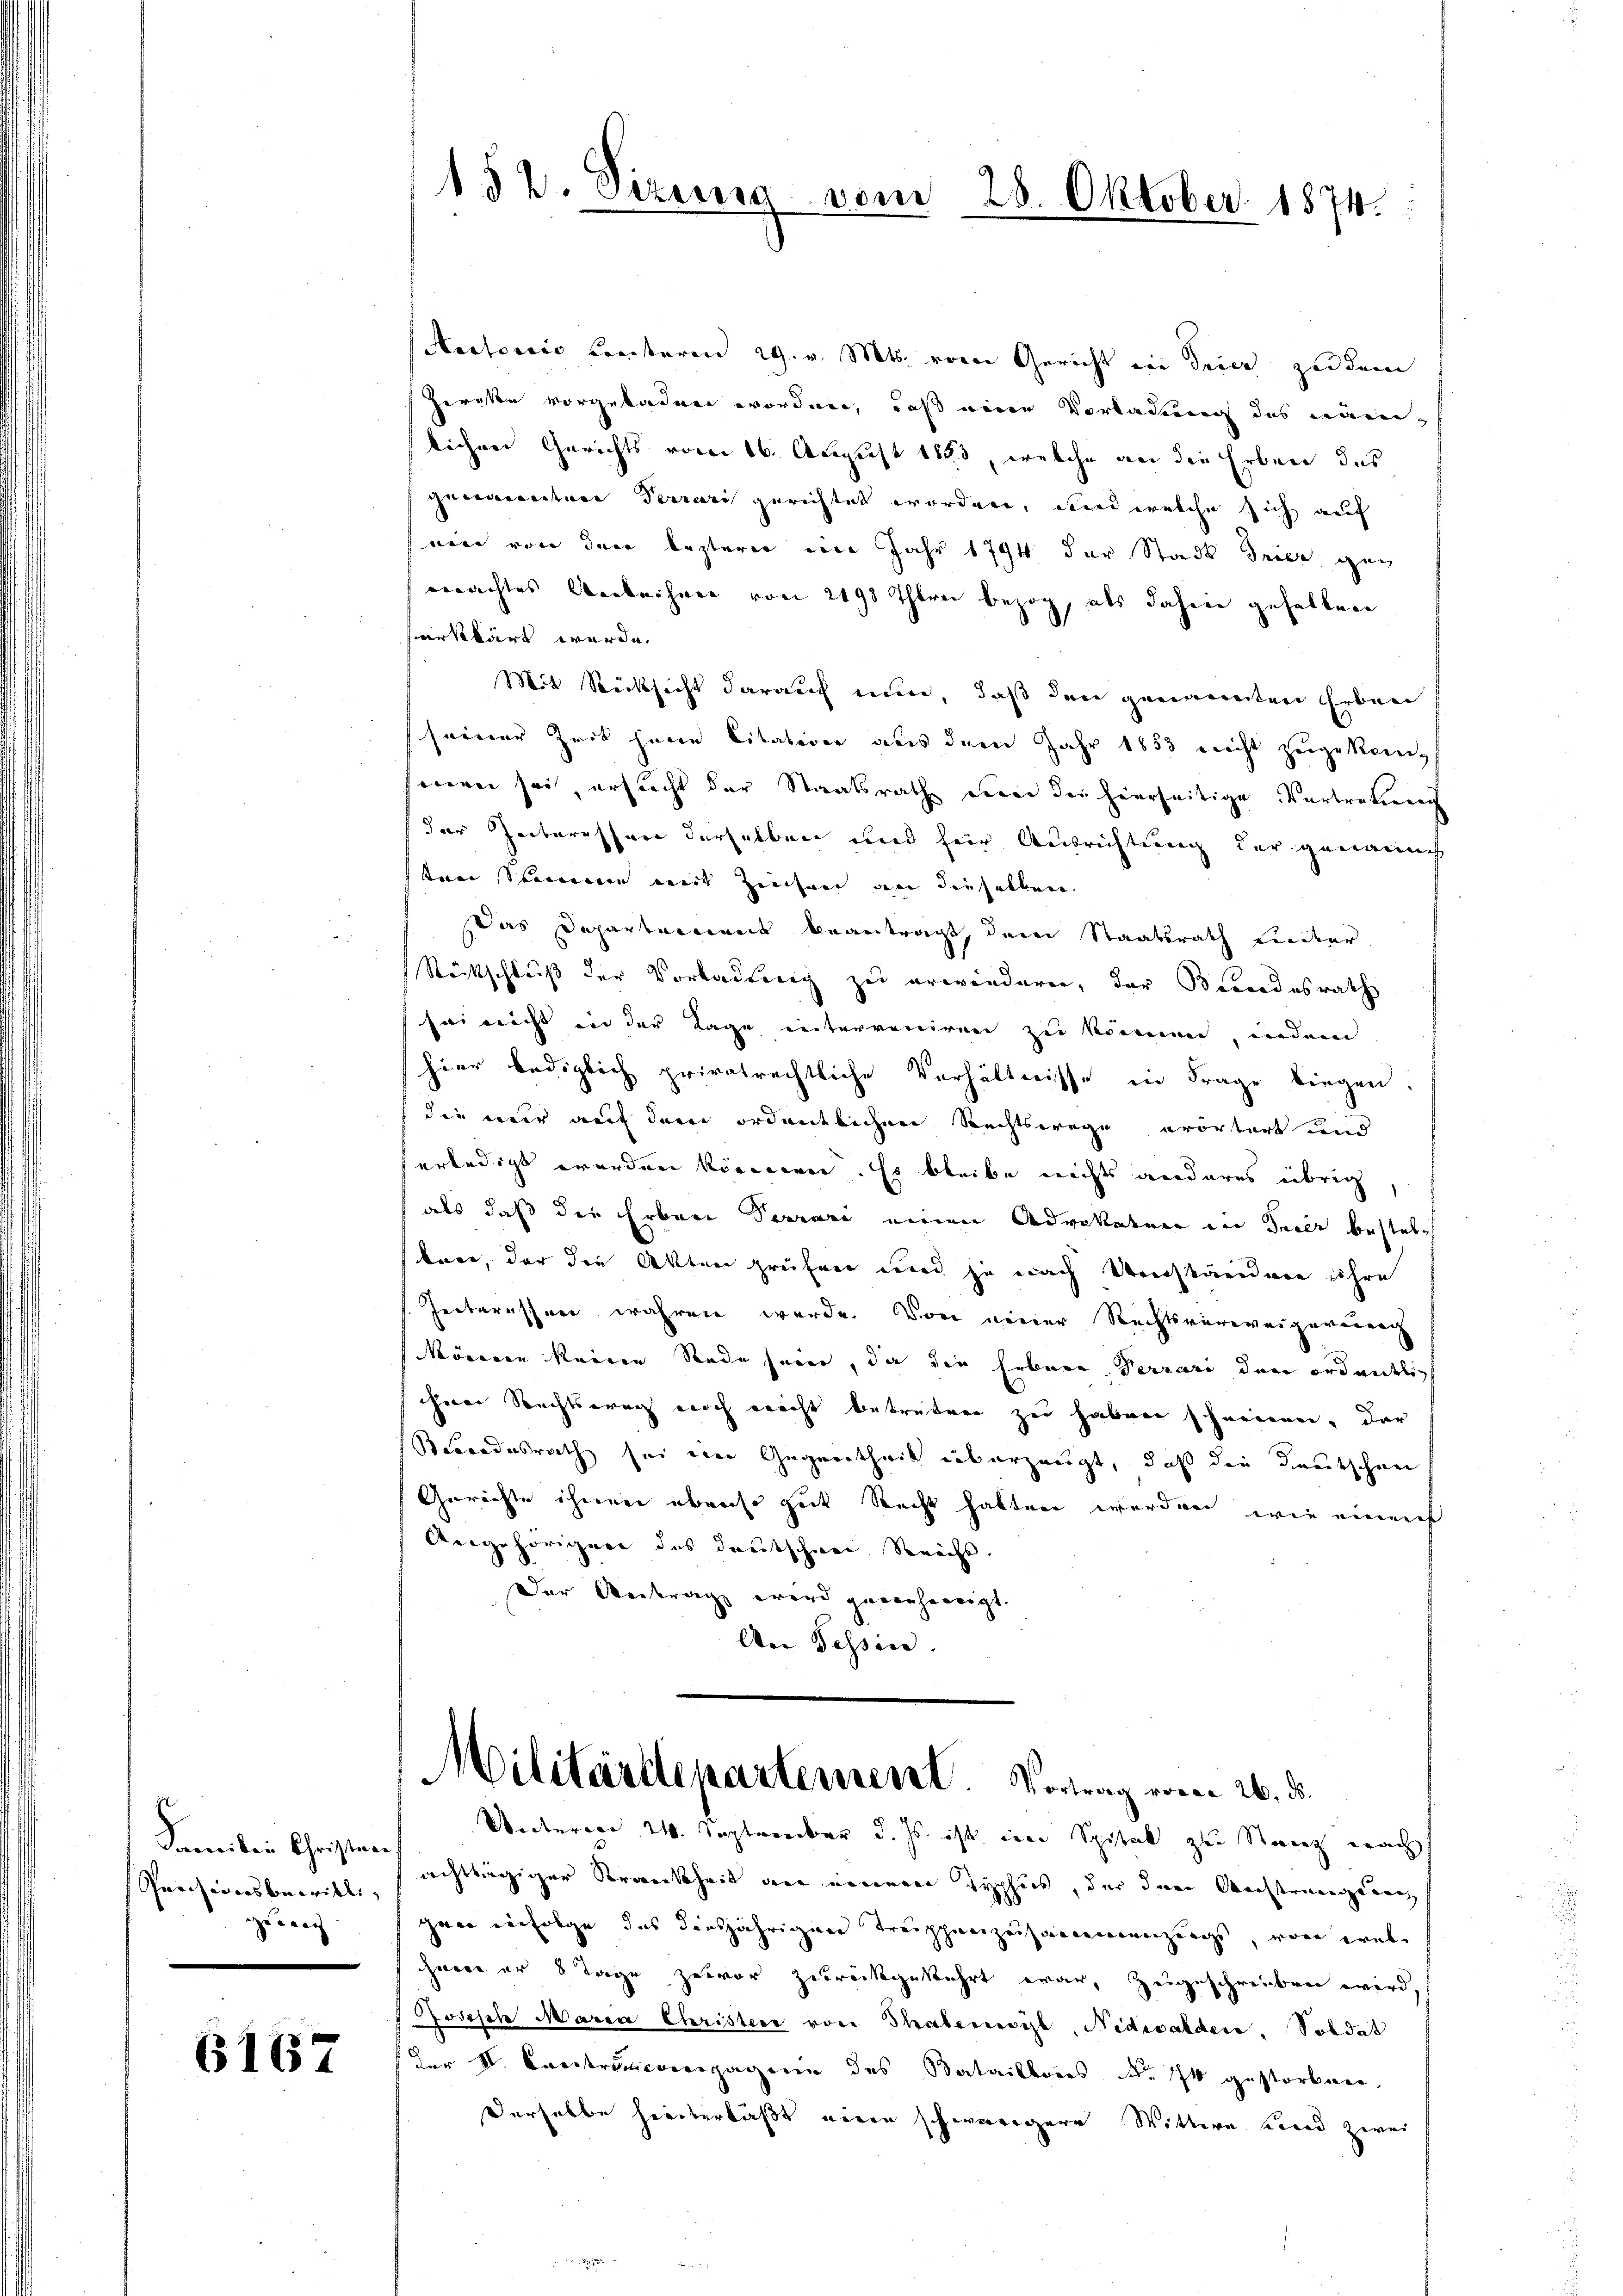
Familie Christen
Spherisionsbewilligeeig

6167

Aoctoris Centeren 29. v. Mts. vom Gericht in Trier zu dem
Herakte vorgeladen worden, daß einer Vorladung des Laien-
lichen Gerichts vom 16. August 1883, welche an die Erben des
genannten Terrari gerichtet worden, und welche sich auf
ein von der lezterer im Jahr 1794 der Stadt drier gemachtes Ankeihnen von 2193 Therei bezog, als dahin gehalten
erklärt werde.
Mit Rücksicht darauf nun, daß den genannten Erben
sererer Zeit jene Citation aus dem Jahr 1853 nicht zugekomfeieren sei, ersucht der Staatsrath deren die hierseitige Vertretung
der Interessen derselben und für Ausrichtung der genanneh
ftner seinen weit Ziecher an dieselben
Das Departement beantragt, dem Staatsrath Lieder
Rückschluß der Vorladung zu erwänderen, der Beendesrath
sei nicht in der Tage interveniren zu können, indem
hier bediglich privatrechtliche Verhältnisse in Frage biegen.
die nur auf dem ordentlichen Rechtswege erörtert und
erledigt werden können. Es bleibe nichts anderes übrig,
als daß der Erben Terrari einen Advokaten in Teils bestelbare, der die Akten prüfen und je nach Umständere ihre
Interessen wahren werde. Von einer Rechtsverweigereing
können keine Rede sein, da die Erbare Terrari den ordentlich
ihrer Rechtsweg noch nicht betreten zu haben scheinen, der
Sondesrath sei eine Gegentheil überzeugt, daß die Deutschen
Gerichte ihnen ebenso gut Recht hatten werden, wie einers
Angehörigen des deutschen Reichs.
Der Antrag wird genehmigt.
An Tessin.

152. Sizung vom 28. Oktober 1874.

Militärtlepartement. Vortrag vom 26. ds.

Unterien 24. September d. Js. ist im Spital zu Stanz nach
achttägiger Krankheit der einem Typhus, der den Austrengung
gane infolge das diesjährigen Treippanizeisancemenzungs, von welchnen er 8 Tage zuvor zurückgekehrt war, zeigeschrieben wird
odesche Maren Christere von habenesis, Nidwalder, Soldat
der V. Contrompagnie des Bataillons Nr. 74 gestorben,
Derselbe hinterläßt eine schwerigere Wittwe Land zwei